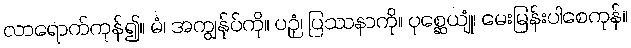
လာရောက်ကုန်၍။ မံ၊ အကျွန်ုပ်ကို။ ပဉှံ၊ ပြဿနာကို။ ပုစ္ဆေယျုံ၊ မေးမြန်းပါစေကုန်။